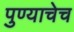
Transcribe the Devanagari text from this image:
पुण्याचेच